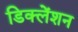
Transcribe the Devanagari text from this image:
डिक्लेंशन